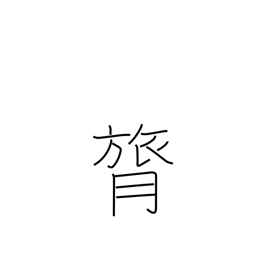
Meaning: backbone